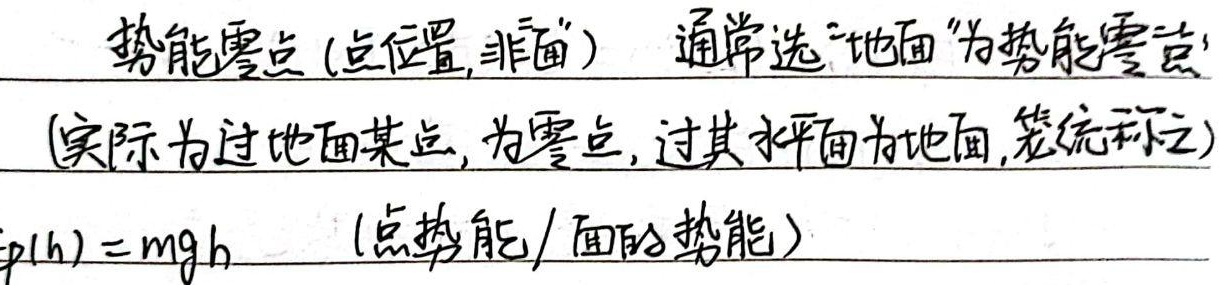
势能零点（点位置, 非面） 通常选“地面”为势能零点(实际为过地面某点, 为零点, 过其水平面为地面, 笼统称之)。$E_{\text{p}}(h)=mgh$ （点势能/面的势能）